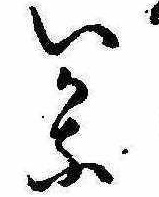
いかな